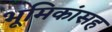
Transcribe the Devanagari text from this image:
भूमिकांसह